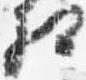
相